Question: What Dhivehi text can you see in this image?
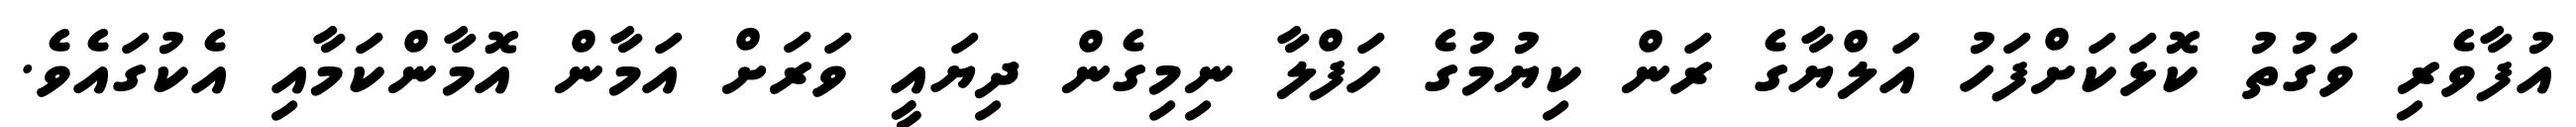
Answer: އުފާވެރި ވަގުތު ކޮޅަކަށްފަހު އަލްޔާގެ ރަން ކިޔުމުގެ ހަފްލާ ނިމިގެން ދިޔައީ ވަރަށް އަމާން އޮމާންކަމާއި އެކުގައެވެ.